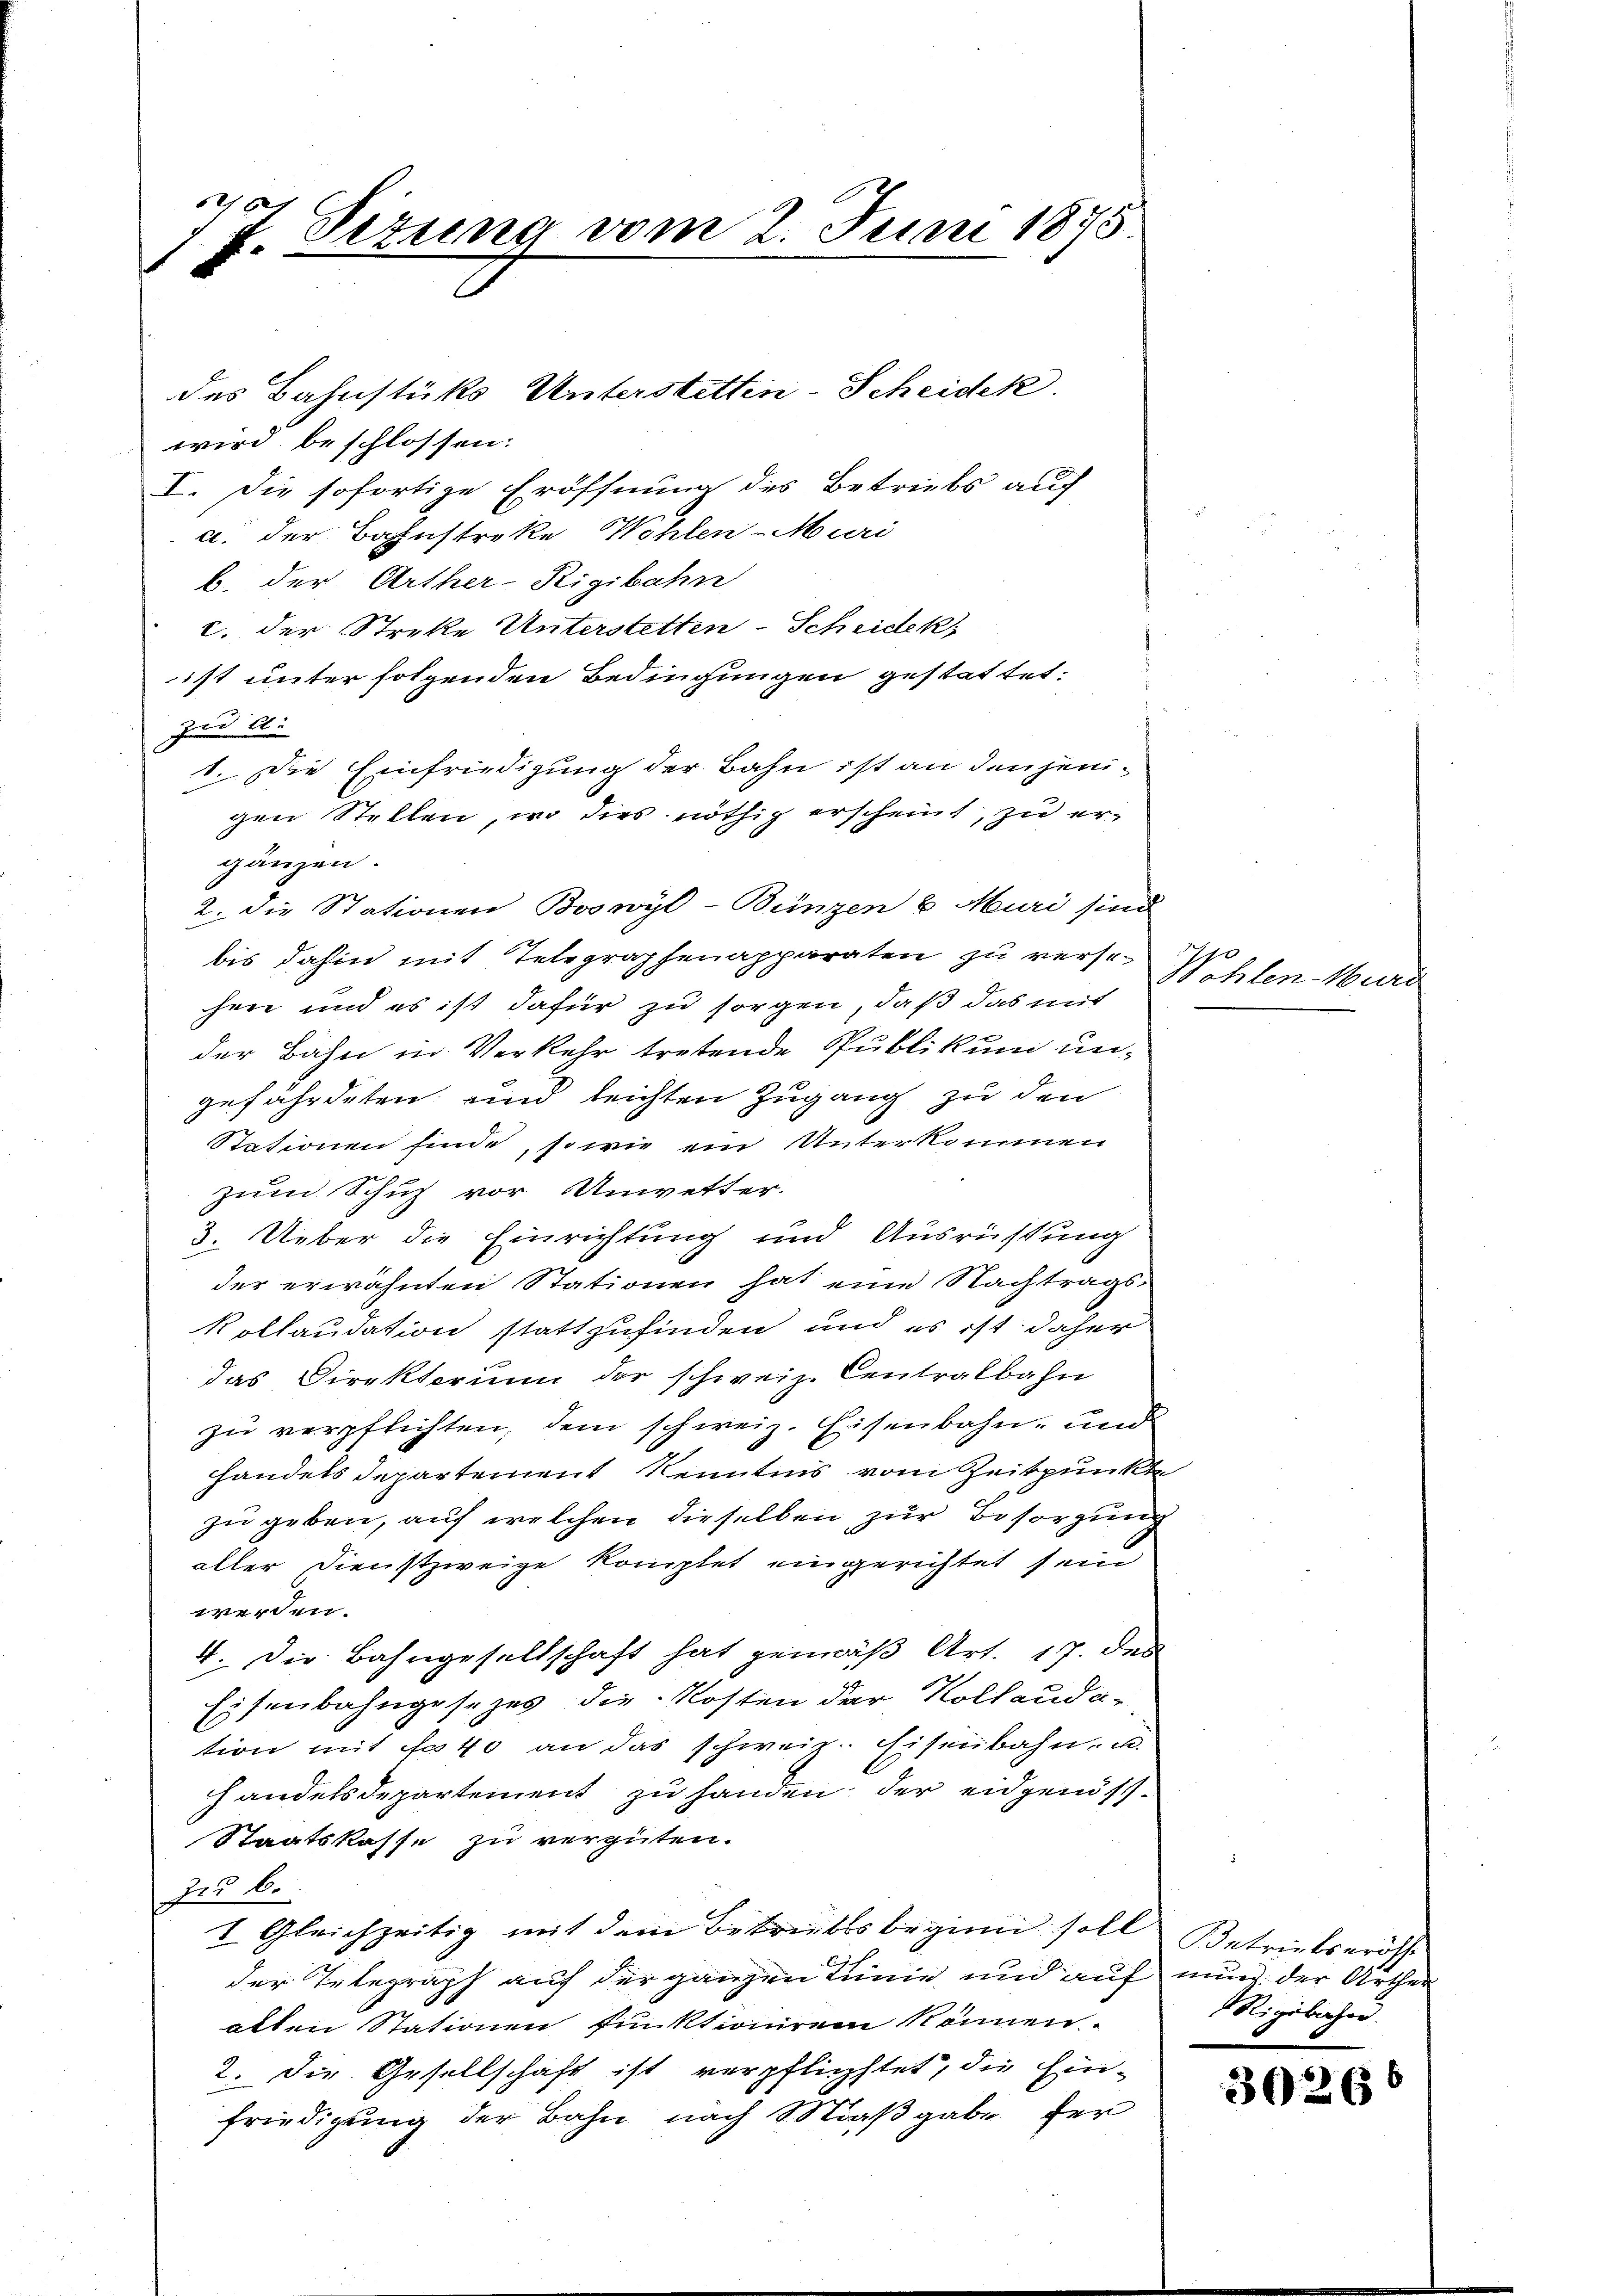
61
f. Situng vom 2. Juni 1875
s

wird beschlossen:
I. Die sofortige Eröffnung des Betriebs auf
a. der Bahnstreke Wahlen-Muri
b. der Arther-Rigibahn
c. der Streke Unterstetten-Scheidek,
ist unter folgenden Bedingungen gestattet.
zud A.
1. Die Einfriedigung der Bahn ist an denjenigen Stellen, wo dies nöthig erscheint, zu ergänzen.
2. die Stationen Boswyl-Bünzen u. Muri sind
bis dahin mit Telegraphenapparaten zu versechen und es ist dafür zu sorgen, daß das mit
der Bahn in Verkehr tretende Publikum ungefährdeten und leichten Zugang zu den
Stationen finde, so wie ein Unterkommen
zum Schus vor Unwetter.
3. Ueber die Einrichtung und Ausrüstung
der erwähnten Stationen hat eine Nachtrags¬
Kollaudation stattzufinden, und es ist daher
das Direktorum der schweiz. Centralbahn
zu verpflichten, dem schweiz. Eisenbahn, und
handels departement Kenntnis vom Zeitpunkt
zu geben, auf welchen dieselben zur Besorgung
aller Dienstzweige komptet eingerichtet sein
werden.
4. Die Bahngesellschaft hat gemäß Art. 17. des
Eisenbahngesezes die Kosten der Kollauda-
tion mit fast an das schweiz. Eisenbahn- u.
handelsdepartement zu handen, der eidgenös¬
Staatskasse zu vergüten.
zu 6.
I. Gleichzeitig mit dem Betrübes beginn soll Betrielseröff
der Telegraph auf der ganzen Linie und auf nun der Arthei
alten Stationen funktioniren können.
2. Die Gesellschaft ist verpflichstet, die Einfriedigung der Bahn nach Maßgabe für

des Bahnstüks Unterstetten-Scheidek

Wehlen Meer

Rigibachen.

30266